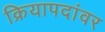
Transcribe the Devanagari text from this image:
क्रियापदांवर